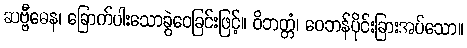
ဆဗ္ဗီဓေန၊ ခြောက်ပါးသောခွဲဝေခြင်းဖြင့်။ ဝိဘတ္တံ၊ ဝေဘန်ပိုင်းခြားအပ်သော။